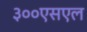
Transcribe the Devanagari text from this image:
३००एसएल